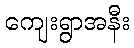
ကျေးရွာအနီး